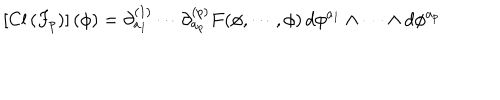
\left[ \mathrm { C l } \left( F _ { p } \right) \right] ( \phi ) = \partial _ { a _ { 1 } } ^ { ( 1 ) } \cdots \partial _ { a _ { p } } ^ { ( p ) } F ( \phi , \cdots , \phi ) \, d \phi ^ { a _ { 1 } } \wedge \cdots \wedge d \phi ^ { a _ { p } }